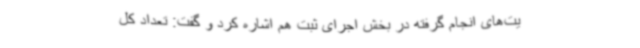
یت‌های انجام گرفته در بخش اجرای ثبت هم اشاره کرد و گفت: تعداد کل